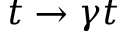
t \to \gamma t